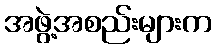
အဖွဲ့အစည်းများက